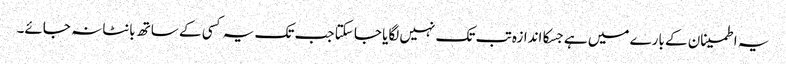
یہ اطمینان کے بارے میں ہے جسکا اندازہ تب تک نہیں لگایا جا سکتا جب تک یہ کسی کے ساتھ بانٹا نہ جائے۔